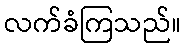
လက်ခံကြသည်။